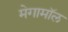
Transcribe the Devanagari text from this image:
मेगामॉल